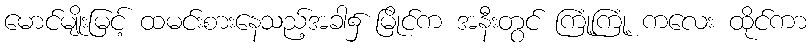
မောင်မျိုးမြင့် ထမင်းစားနေသည့်အခါ၌ မြိုင်က အနီးတွင် ကြုံ့ကြုံ့ ကလေး ထိုင်ကာ